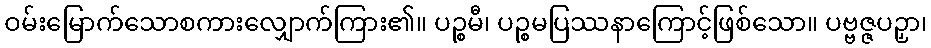
ဝမ်းမြောက်သောစကားလျှောက်ကြား၏။ ပဉ္စမီ၊ ပဉ္စမပြဿနာကြောင့်ဖြစ်သော။ ပဗ္ဗဇ္ဇပဉှာ၊